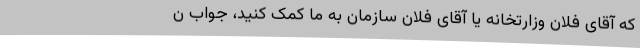
که آقای فلان وزارتخانه یا آقای فلان سازمان به ما کمک کنید، جواب ن